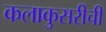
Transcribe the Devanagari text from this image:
कलाकुसरीची